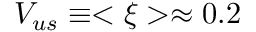
V _ { u s } \equiv < \xi > \approx 0 . 2